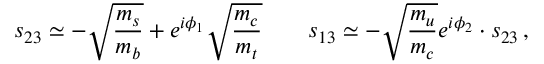
s _ { 2 3 } \simeq - \sqrt { { \frac { m _ { s } } { m _ { b } } } } + e ^ { i \phi _ { 1 } } \sqrt { { \frac { m _ { c } } { m _ { t } } } } \qquad s _ { 1 3 } \simeq - \sqrt { { \frac { m _ { u } } { m _ { c } } } } e ^ { i \phi _ { 2 } } \cdot s _ { 2 3 } \, ,